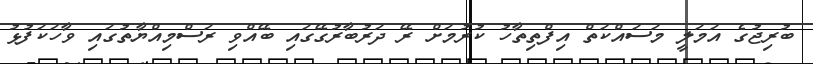
ބުރިޖުގެ އަމަލީ މަސައްކަތް އިފްތިތާހު ކުރުމަށް ރޭ ދަރުބާރުގޭގައި ބޭއްވި ރަސްމިއްޔާތުގައި ވާހަކަފުޅު